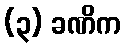
(၃) ခဏိက